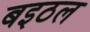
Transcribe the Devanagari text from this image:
बइठल